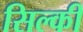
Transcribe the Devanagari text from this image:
सिल्की